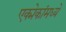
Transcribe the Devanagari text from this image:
एक्मेकांमध्ये